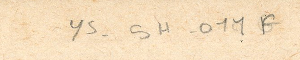
ys-5H-011F